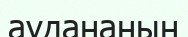
аудананың